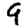
Digit: 9